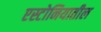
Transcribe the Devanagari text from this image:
एस्टोनियातील